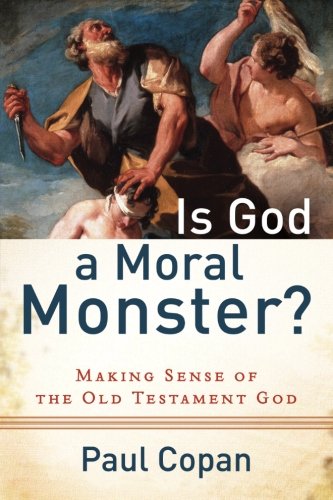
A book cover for Is God a Moral Monster?: Making Sense of the Old Testament God; Paul Copan; Christian Books & Bibles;